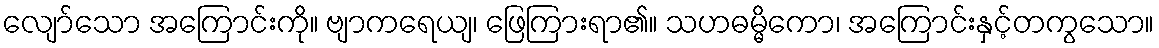
လျော်သော အကြောင်းကို။ ဗျာကရေယျ၊ ဖြေကြားရာ၏။ သဟဓမ္မိကော၊ အကြောင်းနှင့်တကွသော။